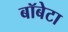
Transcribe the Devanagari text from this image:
बॉबेटा